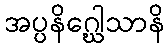
အပ္ပနိဂ္ဃေါသာနိ